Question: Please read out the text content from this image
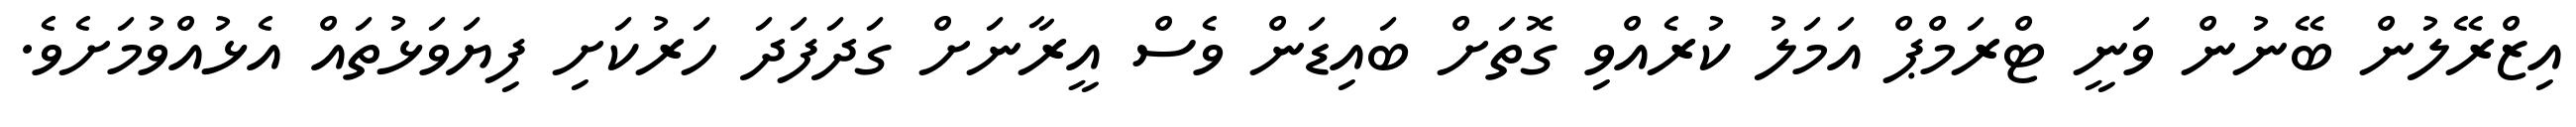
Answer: އިޒްރޭލުން ބޭނުން ވަނީ ޓްރަމްޕް އަމަލު ކުރެއްވި ގޮތަށް ބައިޑަން ވެސް އީރާނަށް ގަދަފަދަ ހަރުކަށި ފިޔަވަޅުތައް އެޅުއްވުމަށެވެ.